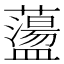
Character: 蘯